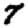
Digit: 7